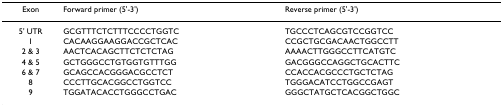
<table><thead><tr><td><b>Exon</b></td><td><b>Forward primer (5&#x27;-3&#x27;)</b></td><td><b>Reverse primer (5&#x27;-3&#x27;)</b></td></tr></thead><tbody><tr><td>5&#x27; UTR</td><td>GCGTTTCTCTTTCCCCTGGTC</td><td>TGCCCTCAGCGTCCGGTCC</td></tr><tr><td>1</td><td>CACAAGGAAGGACCGCTCAC</td><td>CCGCTGCGACAACTGGCCTT</td></tr><tr><td>2 &amp; 3</td><td>AACTCACAGCTTCTCTCTAG</td><td>AAAACTTGGGCCTTCATGTC</td></tr><tr><td>4 &amp; 5</td><td>GCTGGGCCTGTGGTGTTTGG</td><td>GACGGGCCAGGCTGCACTTC</td></tr><tr><td>6 &amp; 7</td><td>GCAGCCACGGGACGCCTCT</td><td>CCACCACGCCCTGCTCTAG</td></tr><tr><td>8</td><td>CCCTTGCACGGCCTGGTCC</td><td>TGGGACATCCTGGCCGAGT</td></tr><tr><td>9</td><td>TGGATACACCTGGGCCTGAC</td><td>GGGCTATGCTCACGGCTGGC</td></tr></tbody></table>